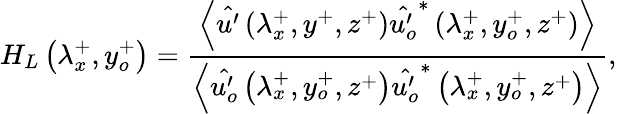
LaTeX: H_{L}\left(\lambda_{x}^{+},y_{o}^{+}\right)=\frac{\left\langle\hat{u^{\prime}}\left(\lambda_{x}^{+},y^{+},z^{+}\right)\hat{u_{o}^{\prime}}^{*}\left(\lambda_{x}^{+},y_{o}^{+},z^{+}\right)\right\rangle}{\left\langle\hat{u_{o}^{\prime}}\left(\lambda_{x}^{+},y_{o}^{+},z^{+}\right)\hat{u_{o}^{\prime}}^{*}\left(\lambda_{x}^{+},y_{o}^{+},z^{+}\right)\right\rangle},